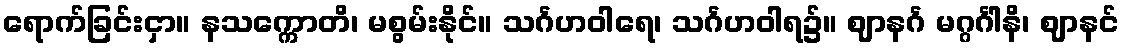
ရောက်ခြင်းငှာ။ နသက္ကောတိ၊ မစွမ်းနိုင်။ သင်္ဂဟဝါရေ၊ သင်္ဂဟဝါရ၌။ ဈာနင်္ဂ မဂ္ဂင်္ဂါနိ၊ ဈာနင်